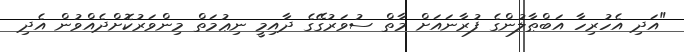
"އަދި އެހުރިހާ އަބްޠާލުންގެ ފުރާނައަށް މާތް ސުވަރުގޭގެ ދާއިމީ ނިޢުމަތް މިންވަރުކޮށްދެއްވުން އެދި